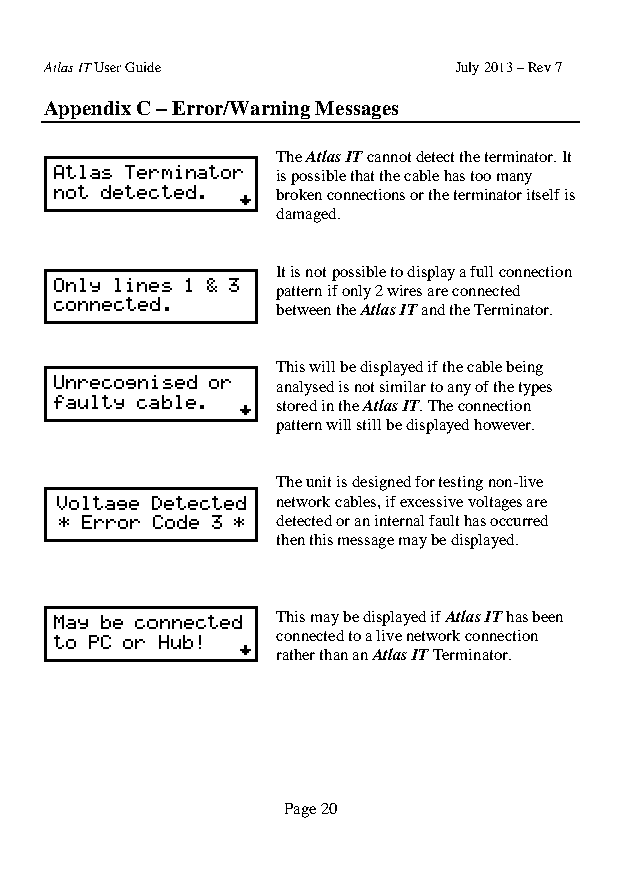
Atlas IT User Guide        July 2013 – Rev 7
 Appendix C – Error/Warning Messages
 The Atlas IT cannot detect the terminator. It
 is possible that the cable has too many
 broken connections or the terminator itself is
 damaged.
 It is not possible to display a full connection
 pattern if only 2 wires are connected
 between the Atlas IT and the Terminator.
 This will be displayed if the cable being
 analysed is not similar to any of the types
 stored in the Atlas IT. The connection
 pattern will still be displayed however.
 The unit is designed for testing non-live
 network cables, if excessive voltages are
 detected or an internal fault has occurred
 then this message may be displayed.
 This may be displayed if Atlas IT has been
 connected to a live network connection
 rather than an Atlas IT Terminator.
 Page 20